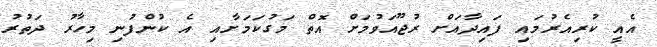
އެއީ ކުރިއެރުމައި ފައިދާއަށް ރުޖޫއަވުމަށް އޮތް މަގުކަމަށާއި އެ ކުންފުނި މިހާރު ދަތުރު